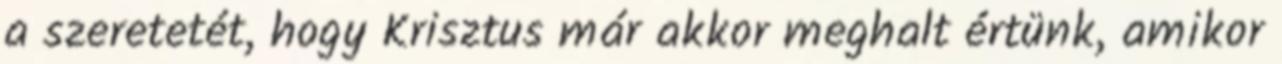
a szeretetét, hogy Krisztus már akkor meghalt értünk, amikor